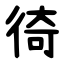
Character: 徛